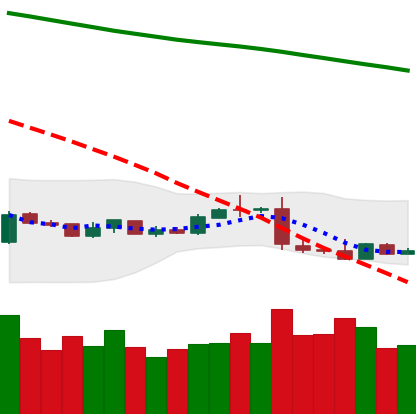
Ticker: XLM-USD
Chart end date: 2019-01-16
Forward return: -3.285%
Label: down_3_5